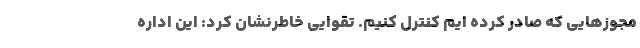
مجوزهایی که صادر کرده ایم کنترل کنیم. تقوایی خاطرنشان کرد: این اداره